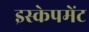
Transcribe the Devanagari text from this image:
इस्केपमेंट